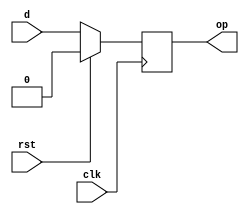
module dff2 (output reg op, input d,clk,rst);
always@(posedge clk)
begin
if (rst==1'b1) 
op<=1'b0;
else
op<=d;
end
endmodule